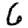
Digit: 6